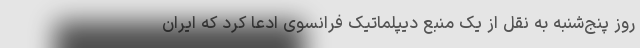
روز پنج‌شنبه به نقل از یک منبع دیپلماتیک فرانسوی ادعا کرد که ایران